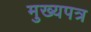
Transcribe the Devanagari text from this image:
मुख्यपत्र